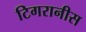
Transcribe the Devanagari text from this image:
टिगरानीस